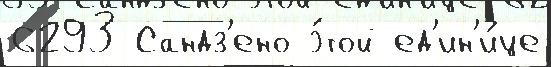
6293 Сандз'ено э́той ед'ин'и́це